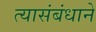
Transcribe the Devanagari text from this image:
त्यासंबंधाने